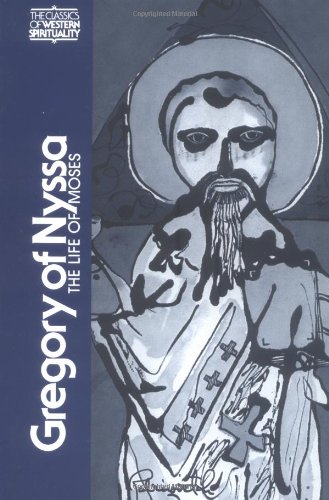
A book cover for Gregory of Nyssa: The Life of Moses (Classics of Western Spirituality); Gregory of Nyssa; Christian Books & Bibles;